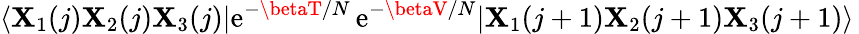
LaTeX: \langle\mathbf{X}_{1}(j)\mathbf{X}_{2}(j)\mathbf{X}_{3}(j)|\mathrm{{e}}^{-\betaT/N}\, \mathrm{{e}}^{-\betaV/N}|\mathbf{X}_{1}(j+1)\mathbf{X}_{2}(j+1)\mathbf{X}_{3}(j+1)\rangle\,